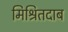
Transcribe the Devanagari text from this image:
मिश्रितदाब